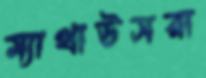
ম্যাথাউসরা